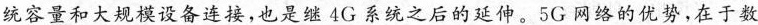
统容量和大规模设备连接，也是继4G系统之后的延伸。5G网络的优势，在于数